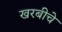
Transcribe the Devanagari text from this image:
खरबीचे